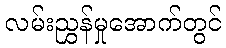
လမ်းညွှန်မှုအောက်တွင်